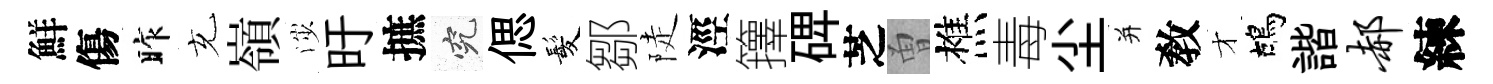
鮮傷昨充嶺渉旴摭究偲髪鄒陡涇籜𥓓芝曽樵毒尘并敎才鴣諧郝練